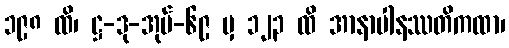
၁၉၈ ထိ၊ ဋ္ဌ-ဒု-အုပ်-၆၉ မှ ၁၂၃ ထိ အာနာပါနဿတိကထာ၊